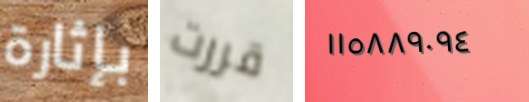
بإثارة قررت ١١٥٨٨٩٠٩٤